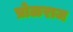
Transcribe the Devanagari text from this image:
प्रोळराज